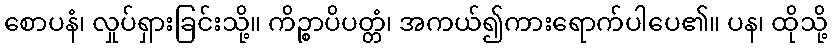
စောပနံ၊ လှုပ်ရှားခြင်းသို့။ ကိဉ္စာပိပတ္တံ၊ အကယ်၍ကားရောက်ပါပေ၏။ ပန၊ ထိုသို့